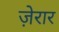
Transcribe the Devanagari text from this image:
ज़ेरार